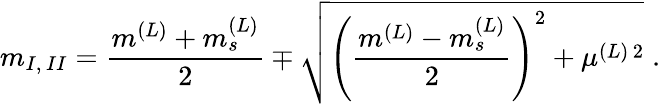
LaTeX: m_{I,\, II}=\frac{m^{(L)}+m_{s}^{(L)}}{2}\mp\sqrt{\left(\frac{m^{(L)}-m_{s}^{(L)}}{2}\right)^{2}+\mu^{(L)\, 2}}\; .